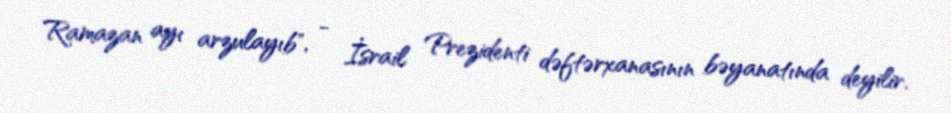
Ramazan ayı arzulayıb", - İsrail Prezidenti dəftərxanasının bəyanatında deyilir.